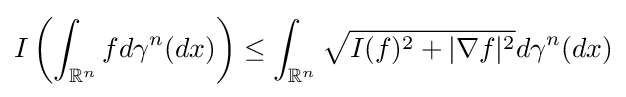
I\left(\int _{\mathbb {R} ^{n}}fd\gamma ^{n}(dx)\right)\leq \int _{\mathbb {R} ^{n}}{\sqrt {I(f)^{2}+|\nabla f|^{2}}}d\gamma ^{n}(dx)